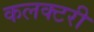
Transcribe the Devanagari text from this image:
कलक्‍टरी